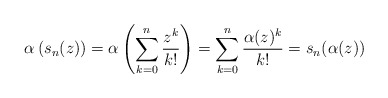
\begin{align*}\alpha\left( s_n(z) \right) = \alpha\left( \sum_{k=0}^n \frac{z^k}{k!} \right) = \sum_{k=0}^n \frac{\alpha(z)^k}{k!} = s_n(\alpha(z))\end{align*}